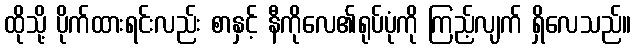
ထိုသို့ ပိုက်ထားရင်းလည်း စာနှင့် နီကိုလေ၏ရုပ်ပုံကို ကြည့်လျက် ရှိလေသည်။